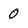
Character: 0